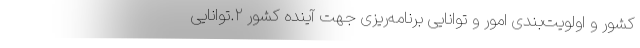
کشور و اولویت‌بندی امور و توانایی برنامه‌ریزی جهت آینده کشور ۲.توانایی